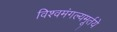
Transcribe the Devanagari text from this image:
विश्वमंगल्यमूर्तये